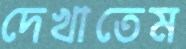
দেখাতেম